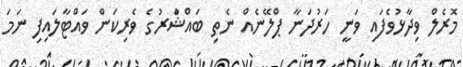
މޮރެލް ވިދާޅުވެފައި ވަނީ ހަރުދަނާ ޕްލޭނެއް ނެތި ބައްޝާުރުގެ ވެރިކަން ވައްޓާލައިފި ނަމަ